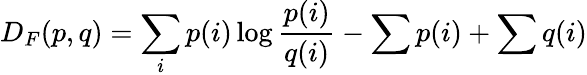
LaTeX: D_{F}(p,q)=\sum_{i}p(i)\log{\frac{p(i)}{q(i)}}-\sum p(i)+\sum q(i)